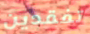
تفقدين